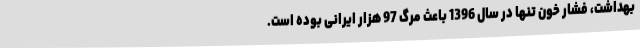
بهداشت، فشار خون تنها در سال 1396 باعث مرگ 97 هزار ایرانی بوده است.